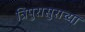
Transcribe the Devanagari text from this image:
त्रिपुरासुराच्या